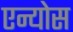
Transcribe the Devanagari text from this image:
एन्योस